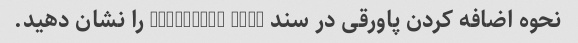
نحوه اضافه کردن پاورقی در سند Microsoft Word را نشان دهید.